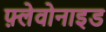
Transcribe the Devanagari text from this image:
फ़्लेवोनाइड